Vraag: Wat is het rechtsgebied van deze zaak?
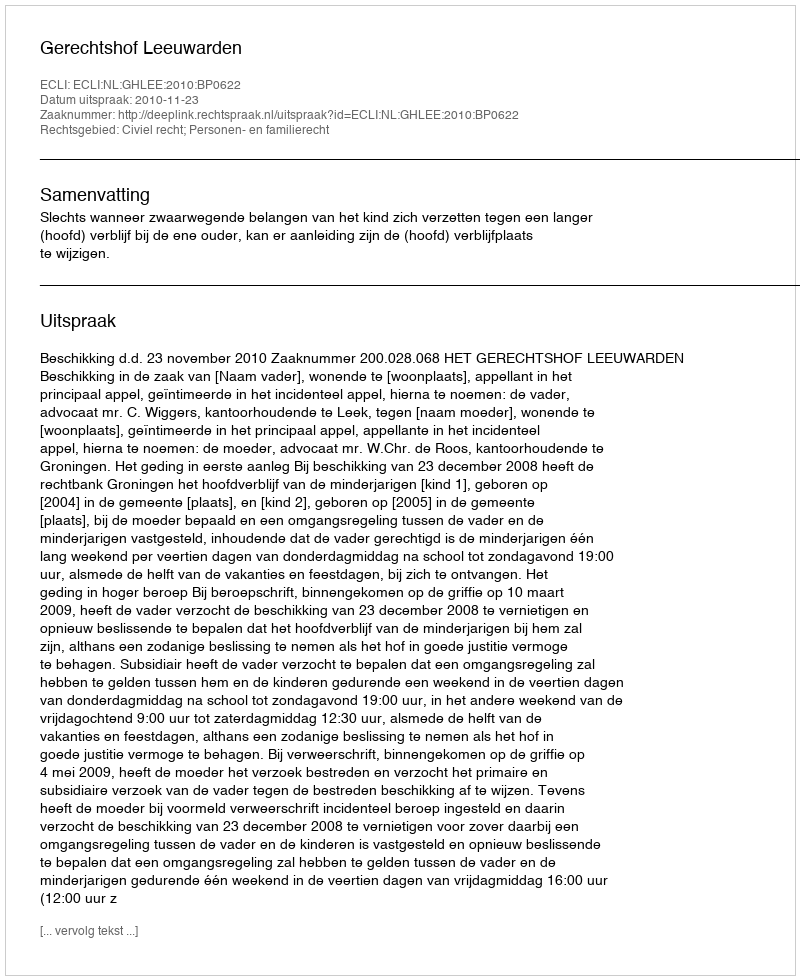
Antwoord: Civiel recht; Personen- en familierecht